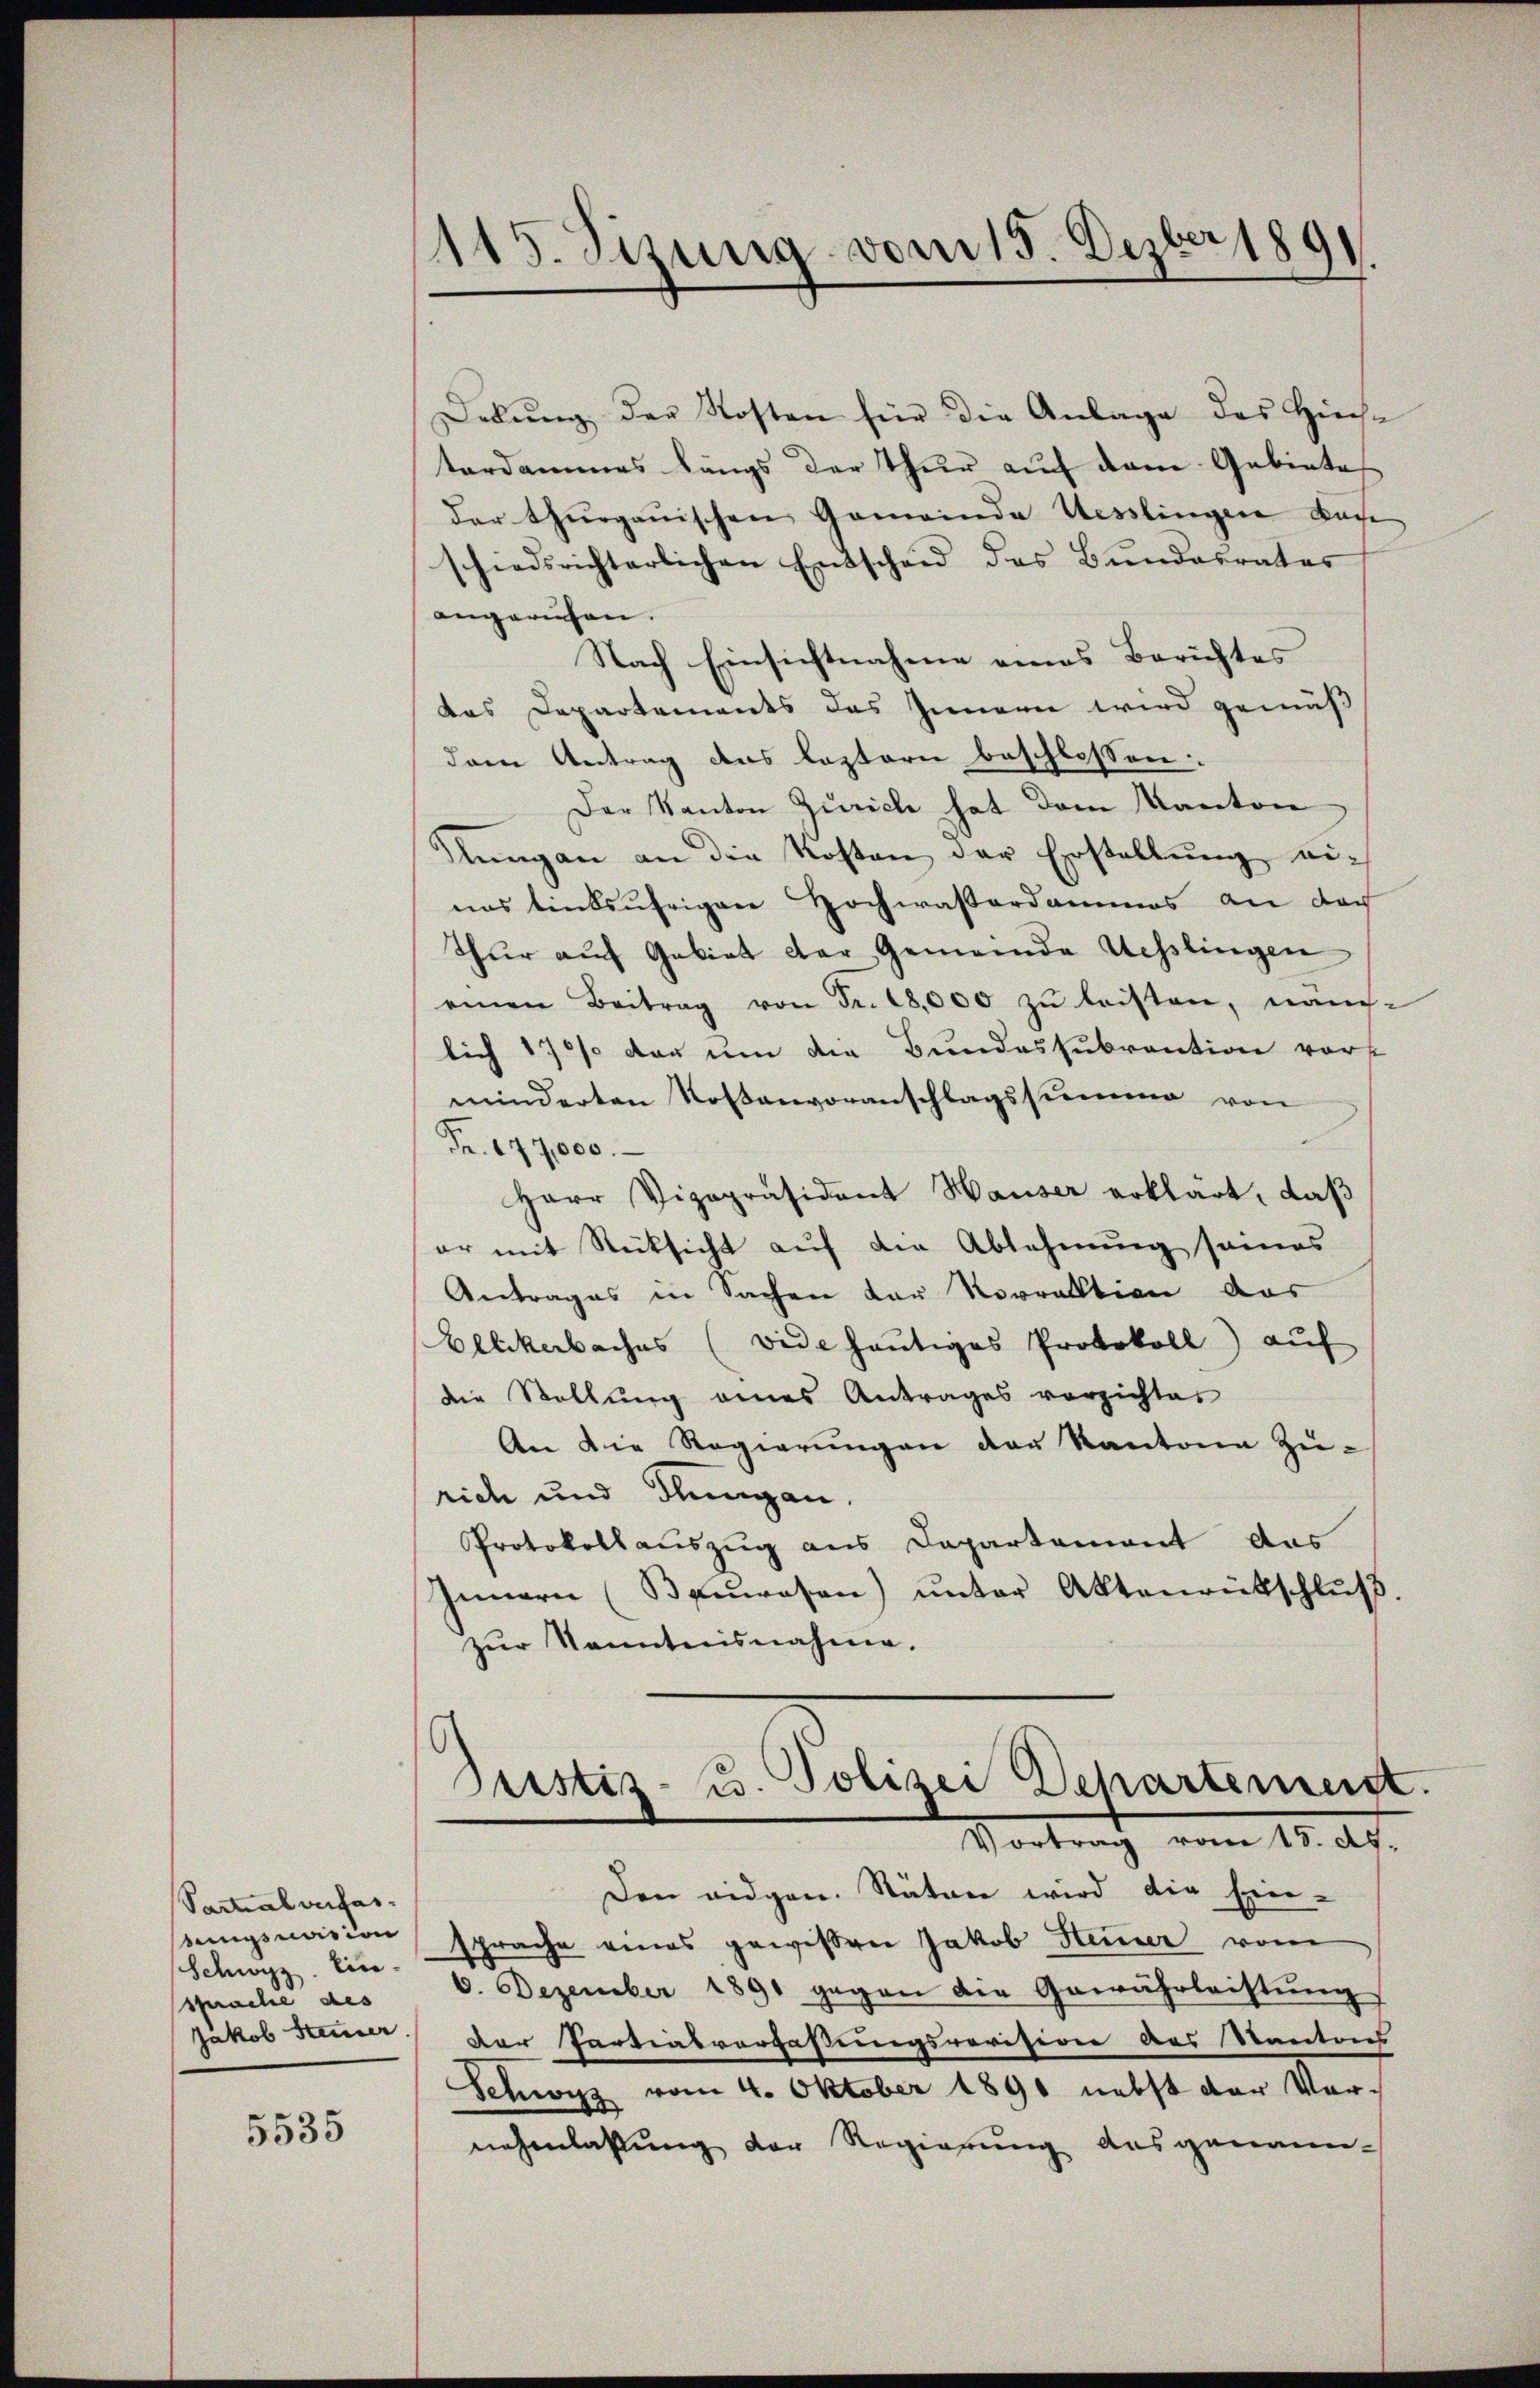
Partialverfas
stungsvision
Schwyz. Ein
sprache des
Jakob Stimmer

5535

1115. Sizung vom 15. Dezber 1891

Dekŭng der Kosten für die Anlage des Hüch-
tordammes längs der Thur auf dem Gebietes
der thurgauischen Gemeinde Kesslingen Bäche
schiedsrichterlichen Entscheid des Bundesrates
angeriefen.
Nach Einsichtnahme eines Berichtes
das Departements des Innern wird gemäß
dren Antrag des leztern beschlossen:
Der Kanton Zürich hat dem Kanton
lungen an die Kosten der Erstellung einas linksufrigen Hochwasserdammes an doc
Thŭr aŭf Gebiet der Gemeinde Messlingen
einen Beitrag von Fr. 18,000 zŭ leisten, manch-
lich 1701 dar um die Bundessubvention vorst
minderten Roßanvoranschlagssumme von
Fr. 177,000.
Herr Vizepräsident Hauser erklärt, daß
er mit Rücksicht auf die Ablehnung seines
Antrages in Sachen der Norration das
Ellikerbaches (vide heŭtiges Protokoll aŭf
die Stellung eines Antrages verzichtes
An die Regierŭngen der Kantone Zürich und Flungen.
Protokollauszug aus Departement das
Innern (Bauwesen) unter Aktenrütschlŭβ
zŭr Kenntnisnahme.
Justiz- u. Polizei Departement.
Vortrag vom 15. Ap
Den eidgen. Räten wird die Ein-
sprache eines gewissen Jakob Heuer vom
6. Dezember 1891 gegen die Gewährleistung
der Partialverfaßungsrevisirer das Kantons
Schwyz vom 4. Oktober 1890 nebst der Vornehmlassung der Regierŭng ausgenann-